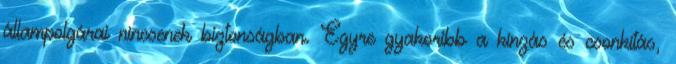
állampolgárai nincsenek biztonságban. Egyre gyakoribb a kínzás és csonkítás,